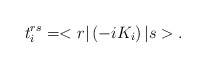
\begin{align*}t_i^{rs} = <r| \left( -iK_i \right) | s> .\end{align*}